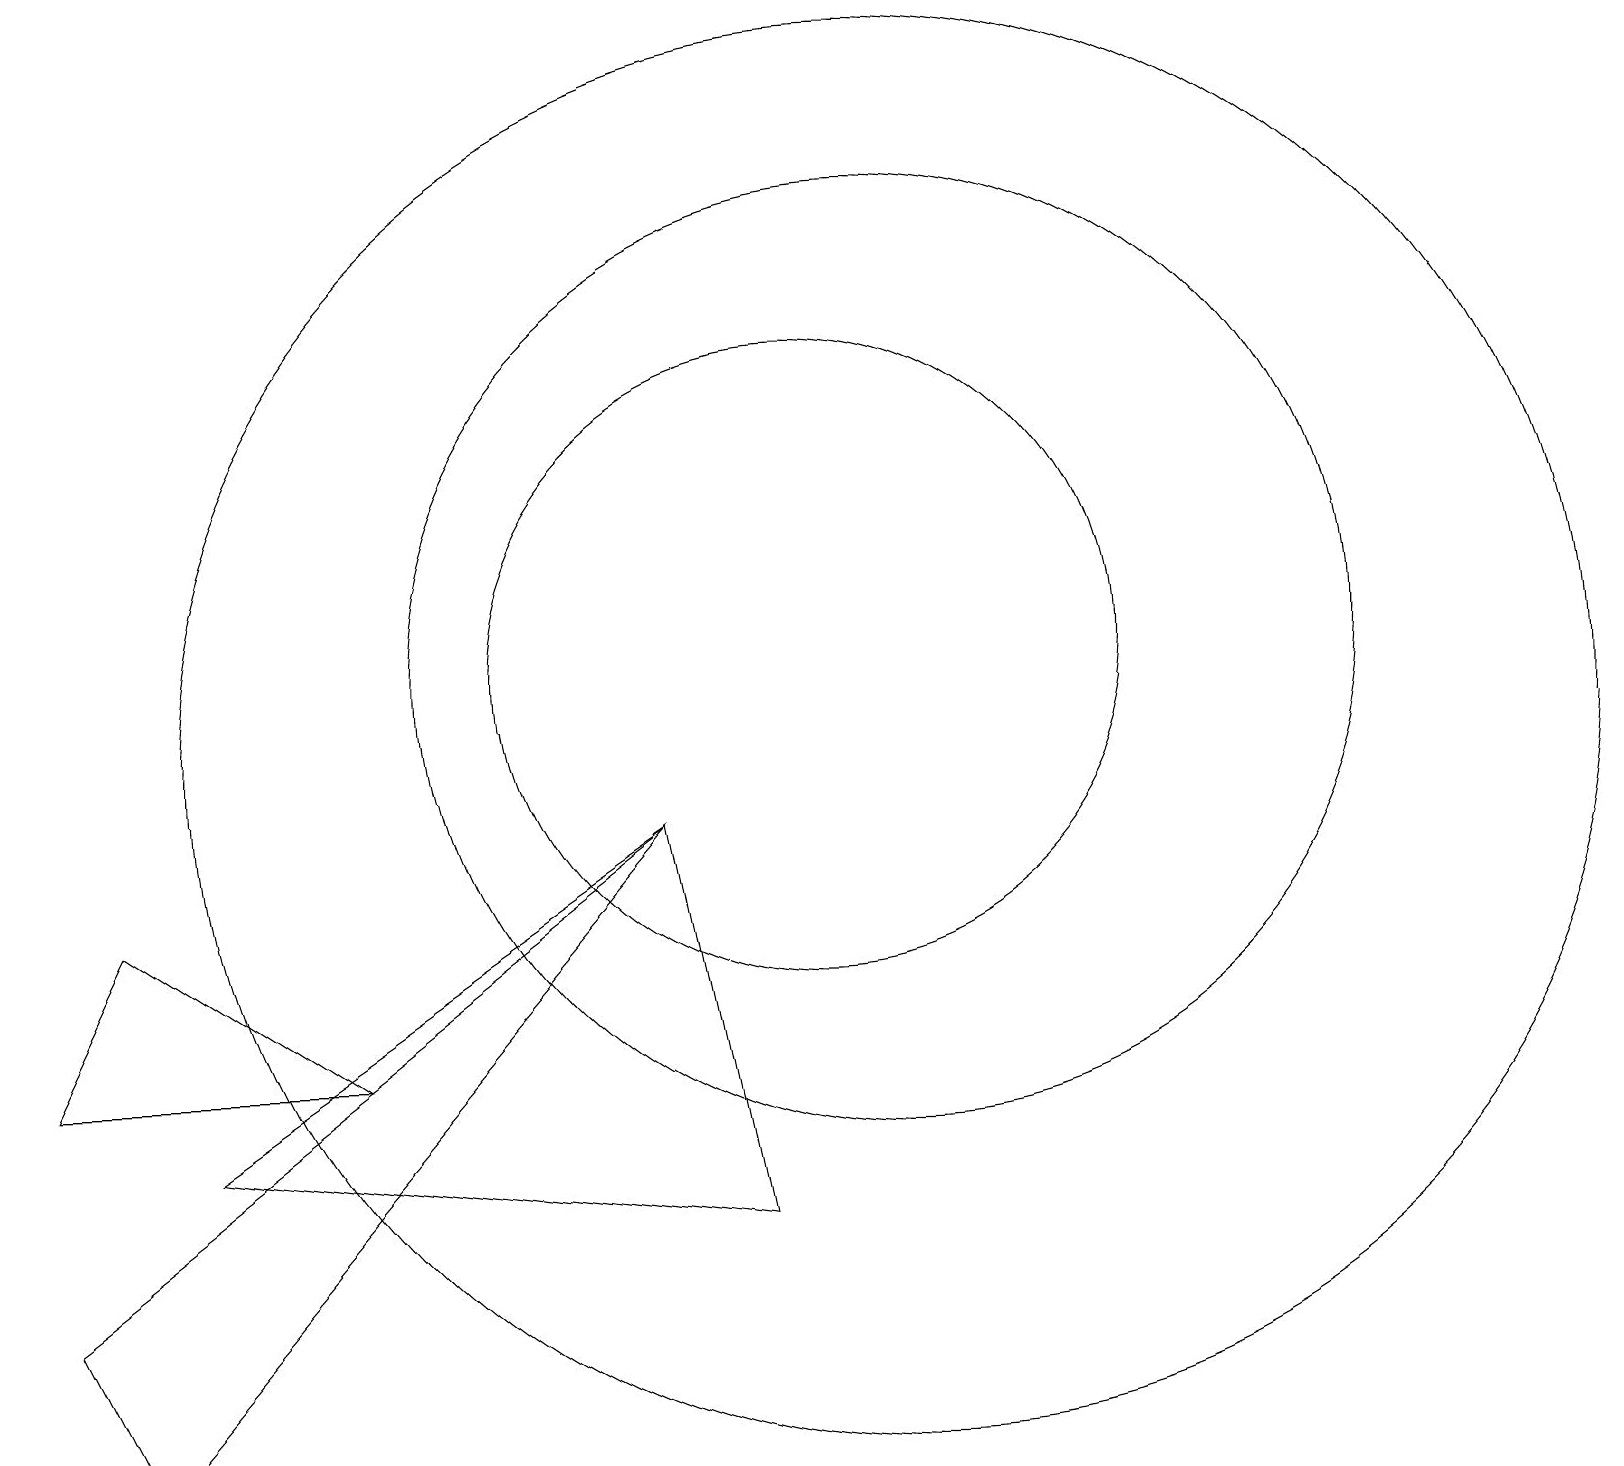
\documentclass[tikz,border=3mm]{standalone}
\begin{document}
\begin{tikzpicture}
\draw (11,11) circle (6);
\draw (0,3) -- (1,1) -- (8,9) -- cycle;
\draw (11,10) circle (9);
\draw (9,4) -- (2,5) -- (8,9) -- cycle;
\draw (1,8) -- (0,6) -- (4,6) -- cycle;
\draw (10,11) circle (4);
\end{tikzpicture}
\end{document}